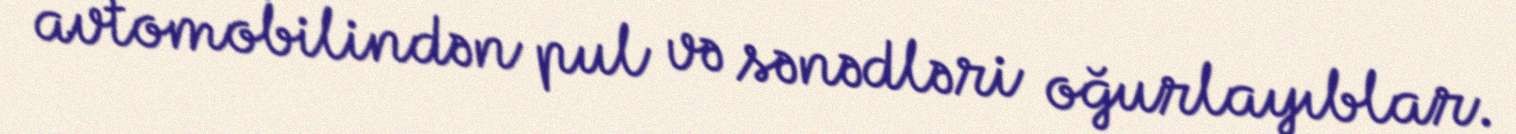
avtomobilindən pul və sənədləri oğurlayıblar.